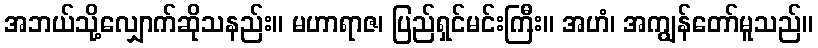
အဘယ်သို့လျှောက်ဆိုသနည်း။ မဟာရာဇ၊ ပြည်ရှင်မင်းကြီး။ အဟံ၊ အကျွန်တော်မူသည်။